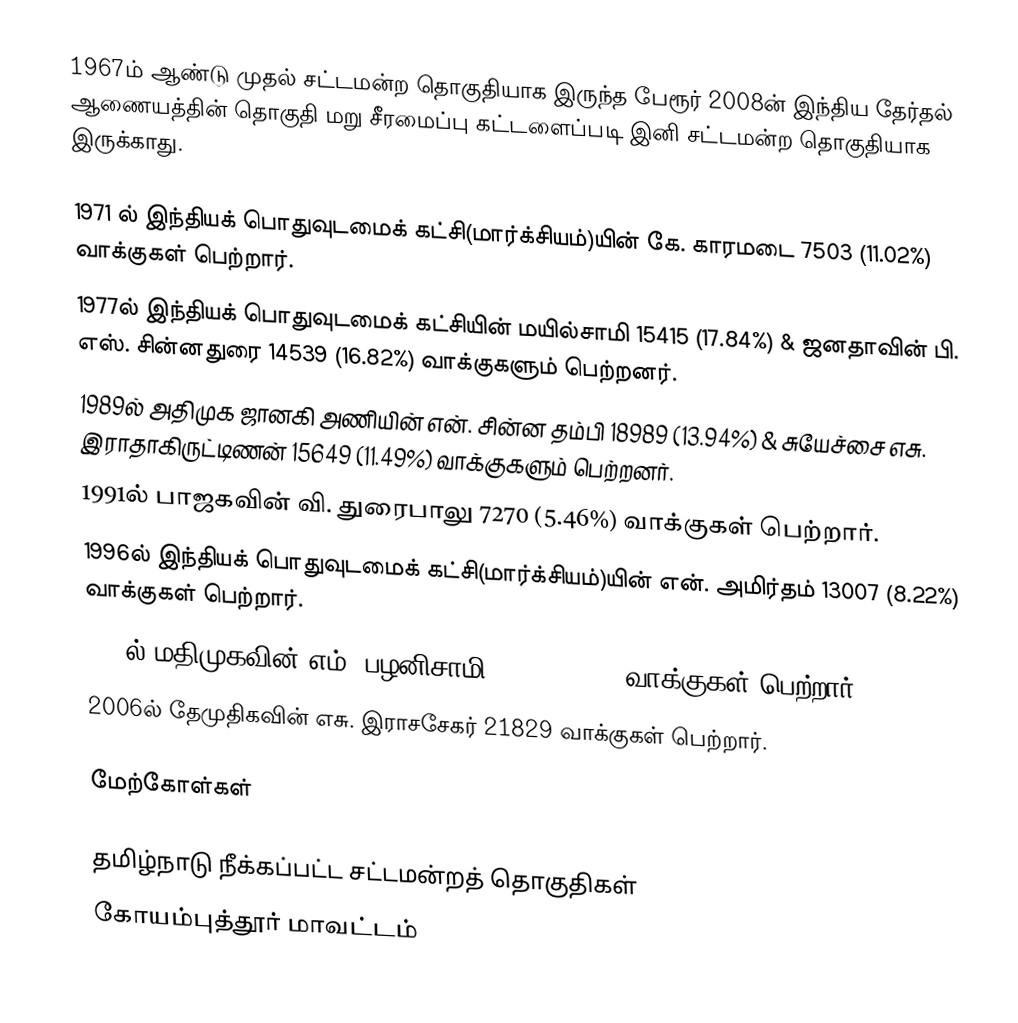
1967ம் ஆண்டு முதல் சட்டமன்ற தொகுதியாக இருந்த பேரூர்  2008ன் இந்திய தேர்தல் ஆணையத்தின் தொகுதி மறு சீரமைப்பு கட்டளைப்படி இனி சட்டமன்ற தொகுதியாக இருக்காது.

1971 ல் இந்தியக் பொதுவுடமைக் கட்சி(மார்க்சியம்)யின் கே. காரமடை 7503 (11.02%) வாக்குகள் பெற்றார்.
1977ல் இந்தியக் பொதுவுடமைக் கட்சியின்  மயில்சாமி 15415 (17.84%) & ஜனதாவின் பி. எஸ். சின்னதுரை 14539 (16.82%)  வாக்குகளும் பெற்றனர்.
1989ல் அதிமுக ஜானகி அணியின் என். சின்ன தம்பி 18989 (13.94%) & சுயேச்சை எசு. இராதாகிருட்டிணன் 15649 (11.49%) வாக்குகளும் பெற்றனர்.
1991ல் பாஜகவின் வி. துரைபாலு 7270 (5.46%) வாக்குகள் பெற்றார்.
1996ல் இந்தியக் பொதுவுடமைக் கட்சி(மார்க்சியம்)யின் என். அமிர்தம் 13007 (8.22%) வாக்குகள் பெற்றார்.
2001ல் மதிமுகவின் எம். பழனிசாமி 9979 (5.85%) வாக்குகள் பெற்றார்.
2006ல்  தேமுதிகவின் எசு. இராசசேகர் 21829 வாக்குகள் பெற்றார்.

மேற்கோள்கள்

தமிழ்நாடு நீக்கப்பட்ட சட்டமன்றத் தொகுதிகள்
கோயம்புத்தூர் மாவட்டம்